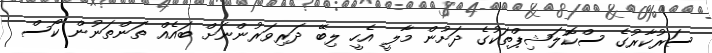
ސަރުކާރުގެ ސްކޮލަޝިޕްތަކުގެ ދަށުން މާލީ އެހީ ލިބޭ ދަރިވަރުންނަށް ބައެއް ތަންތަނުން ކޯސް